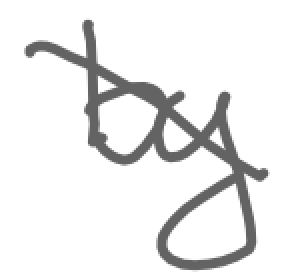
Text: by
Cross-out: diagonal
Writing tool: digital_gray